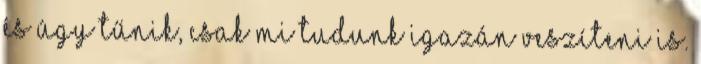
és úgy tűnik, csak mi tudunk igazán veszíteni is.